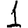
Digit: 1